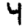
Digit: 4